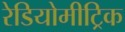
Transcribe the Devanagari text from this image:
रेडियोमीट्रिक